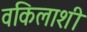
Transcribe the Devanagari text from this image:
वकिलाशी